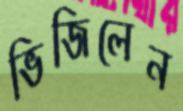
ভিজিলেন